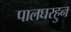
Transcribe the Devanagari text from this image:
पालघरहुन